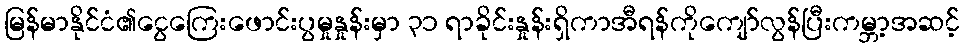
မြန်မာနိုင်ငံ၏ငွေကြေးဖောင်းပွမှုနှုန်းမှာ ၃၁ ရာခိုင်းနှုန်းရှိကာအီရန်ကိုကျော်လွန်ပြီးကမ္ဘာ့အဆင့်